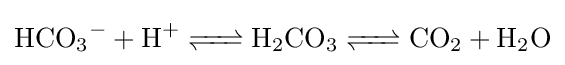
{\ce {HCO_3^- + H+ <=> H2CO3 <=> CO2 + H2O}}